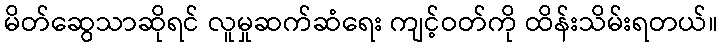
မိတ်ဆွေသာဆိုရင် လူမှုဆက်ဆံရေး ကျင့်ဝတ်ကို ထိန်းသိမ်းရတယ်။